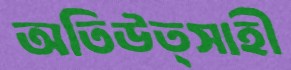
অতিউত্সাহী